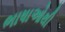
ભાષાઓથી